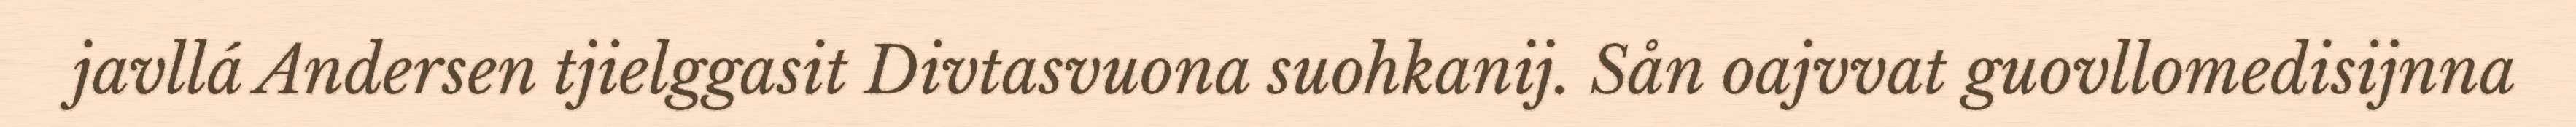
javllá Andersen tjielggasit Divtasvuona suohkanij. Sån oajvvat guovllomedisijnna